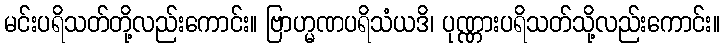
မင်းပရိသတ်တို့လည်းကောင်း။ ဗြာဟ္မဏပရိသံယဒိ၊ ပုဏ္ဏားပရိသတ်သို့လည်းကောင်း။